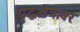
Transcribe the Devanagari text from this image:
युद्धक्षेत्रावर